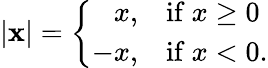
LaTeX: |\mathbf{x}|=\left\{ {\begin{array}{rl}{x,}&{{\mathrm{if~}}x\geq 0}\\ {-x,}&{{\mathrm{if~}}x<0.}\end{array}}\right.